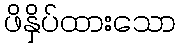
ဖိနှိပ်ထားသော